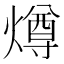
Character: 燇